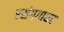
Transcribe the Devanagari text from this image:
रसंगगाधर